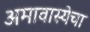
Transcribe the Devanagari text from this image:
अमावास्येचा